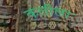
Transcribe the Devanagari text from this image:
कलीला